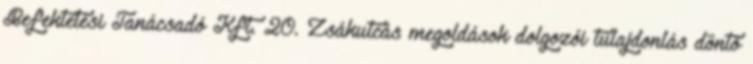
Befektetési Tanácsadó Kft. 20. Zsákutcás megoldások dolgozói tulajdonlás döntő